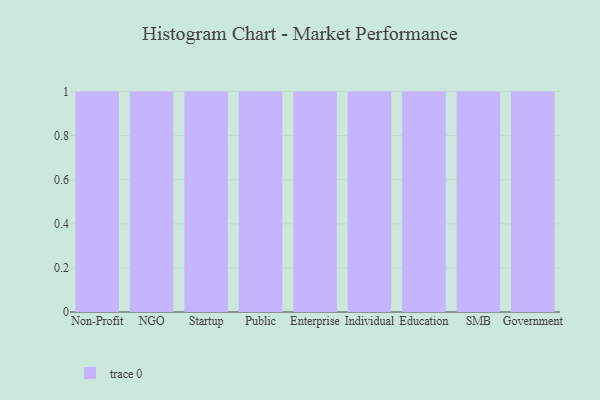
{"axis": {"x": "Segment", "y": "Latency (ms)"}, "legend": [""], "data": [{"x": "Non-Profit", "y": 92, "type": ""}, {"x": "NGO", "y": 29, "type": ""}, {"x": "Startup", "y": 94, "type": ""}, {"x": "Public", "y": 36, "type": ""}, {"x": "Enterprise", "y": 86, "type": ""}, {"x": "Individual", "y": 20, "type": ""}, {"x": "Education", "y": 13, "type": ""}, {"x": "SMB", "y": 26, "type": ""}, {"x": "Government", "y": 91, "type": ""}]}